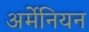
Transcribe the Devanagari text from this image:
अर्मेनियन